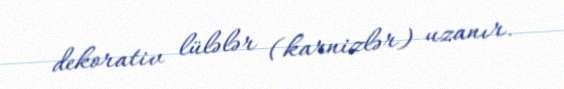
dekorativ lülələr (karnizlər) uzanır.